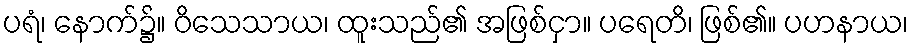
ပရံ၊ နောက်၌။ ဝိသေသာယ၊ ထူးသည်၏ အဖြစ်ငှာ။ ပရေတိ၊ ဖြစ်၏။ ပဟနာယ၊